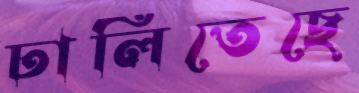
ঢালিতেছে